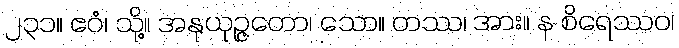
၂၃၁။ ဧဝံ၊ သို့။ အနုယုဉ္ဇတော၊ သော။ တဿ၊ အား။ န စိရေဿဝ၊